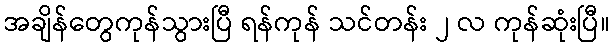
အချိန်တွေကုန်သွားပြီ ရန်ကုန် သင်တန်း ၂ လ ကုန်ဆုံးပြီ။